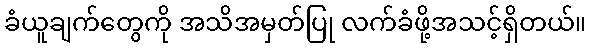
ခံယူချက်တွေကို အသိအမှတ်ပြု လက်ခံဖို့အသင့်ရှိတယ်။